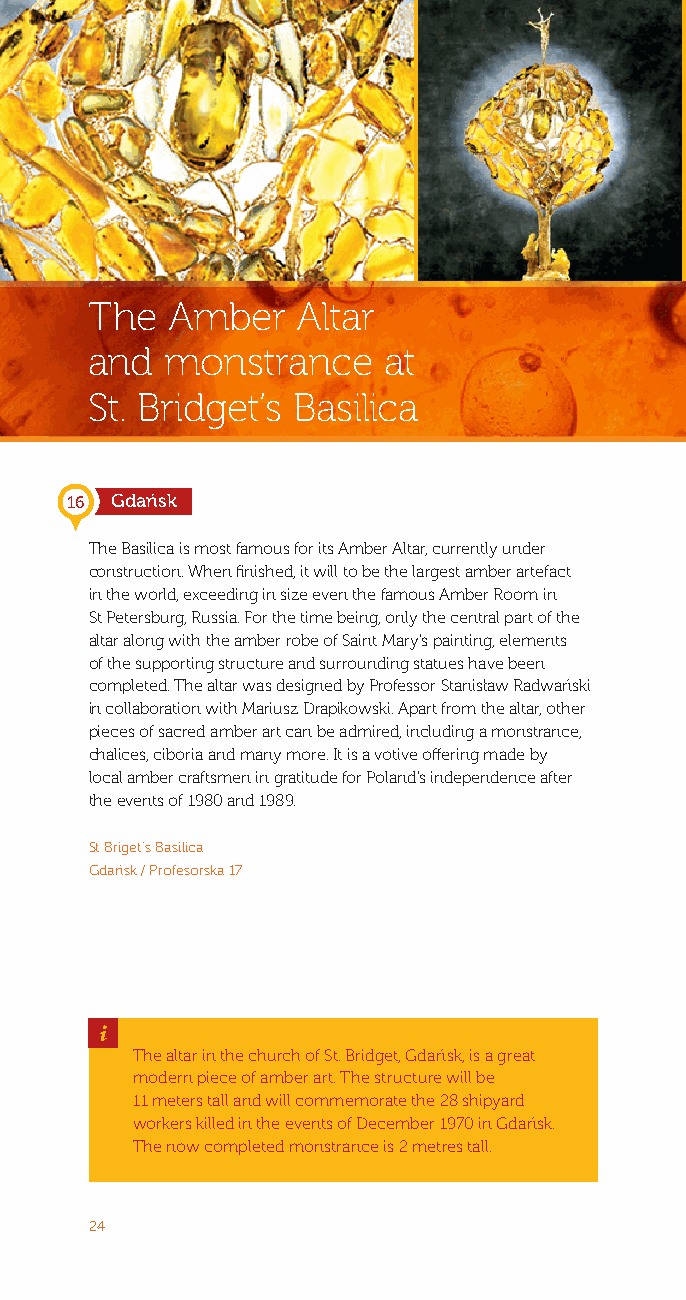
The  Amber    Altar
 and  monstrance    at
 St. Bridget’s Basilica
 16 Gdańsk
 The Basilica is most famous for its Amber Altar, currently under
 construction. When finished, it will to be the largest amber artefact
 in the world, exceeding in size even the famous Amber Room in
 St Petersburg, Russia. For the time being, only the central part of the
 altar along with the amber robe of Saint Mary’s painting, elements
 of the supporting structure and surrounding statues have been
 completed. The altar was designed by Professor Stanisław Radwański
 in collaboration with Mariusz Drapikowski. Apart from the altar, other
 pieces of sacred amber art can be admired, including a monstrance,
 chalices, ciboria and many more. It is a votive offering made by
 local amber craftsmen in gratitude for Poland’s independence after
 the events of 1980 and 1989.
 St Briget’s Basilica
 Gdańsk / Profesorska 17
 _
 The altar in the church of St. Bridget, Gdańsk, is a great
 modern piece of amber art. The structure will be
 11 meters tall and will commemorate the 28 shipyard
 workers killed in the events of December 1970 in Gdańsk.
 The now completed monstrance is 2 metres tall.
 24